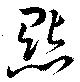
點